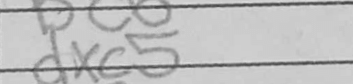
Transcription: dxc5